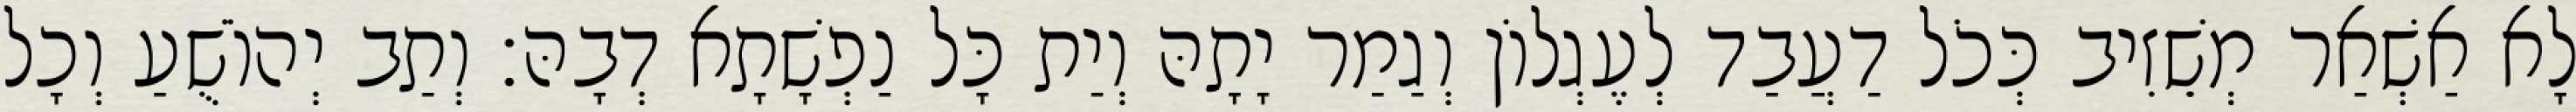
לָא אַשְׁאַר מְשֵׁזִיב כְּכֹל דַעֲבַד לְעֶגְלוֹן וְגַמַר יָתָהּ וְיַת כָּל נַפְשָׁתָא דְבָהּ׃ וְתַב יְהוֹשֻׁעַ וְכָל